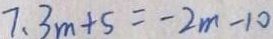
7 . 3 m + 5 = - 2 m - 1 0